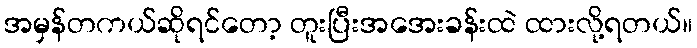
အမှန်တကယ်ဆိုရင်တော့ တူးပြီးအအေးခန်းထဲ ထားလို့ရတယ်။